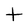
Character: T